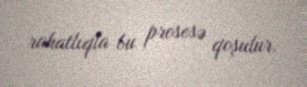
rahatlıqla bu prosesə qoşulur.